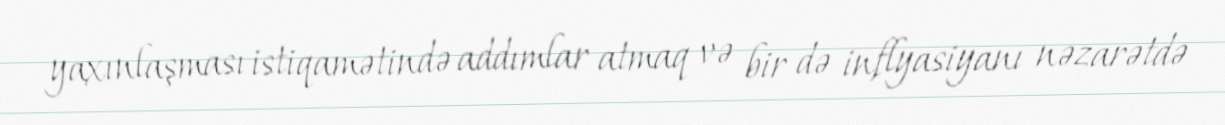
yaxınlaşması istiqamətində addımlar atmaq və bir də inflyasiyanı nəzarətdə